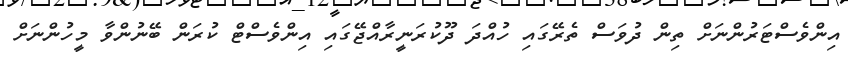
އިންވެސްޓަރުންނަށް ތިން ދުވަސް ތެރޭގައި ހުއްދަ ދޫކުރަނީރާއްޖޭގައި އިންވެސްޓް ކުރަން ބޭނުންވާ މީހުންނަށް